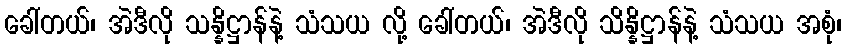
ခေါ်တယ်၊ အဲဒီလို သန္နိဋ္ဌာန်နဲ့ သံသယ လို့ ခေါ်တယ်၊ အဲဒီလို သိန္နိဋ္ဌာန်နဲ့ သံသယ အစုံ၊